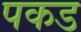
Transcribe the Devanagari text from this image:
पकड